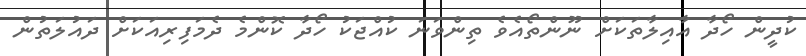
ކުދީން ހޯދާ އާއިލާތަކަށް ނޫންތޯއެވެ ތިންވަނަ ކުއްޖަކު ހޯދާ ކޮންމެ ދެމަފިރިއަކަށް ދައުލަތުން